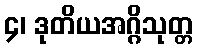
၄၊ ဒုတိယအဂ္ဂိသုတ္တ